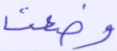
وضعت